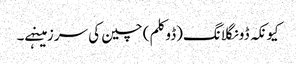
کیونکہ ڈونگلانگ(ڈوکلم) چین کی سرزمینہے۔